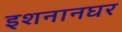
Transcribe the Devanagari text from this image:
इशनानघर